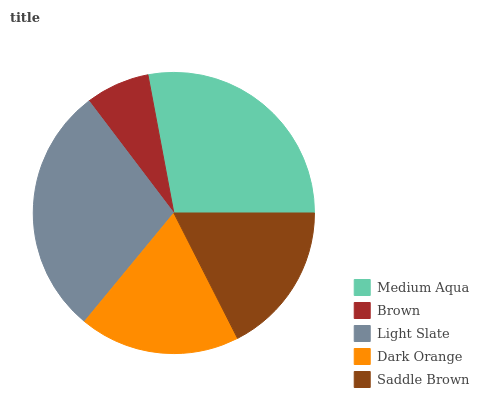
| Medium Aqua | Brown | Light Slate | Dark Orange | Saddle Brown |
 | --- | --- | --- | --- | --- |
 | 28% | 7.37% | 28.6% | 18.5% | 17.5% |